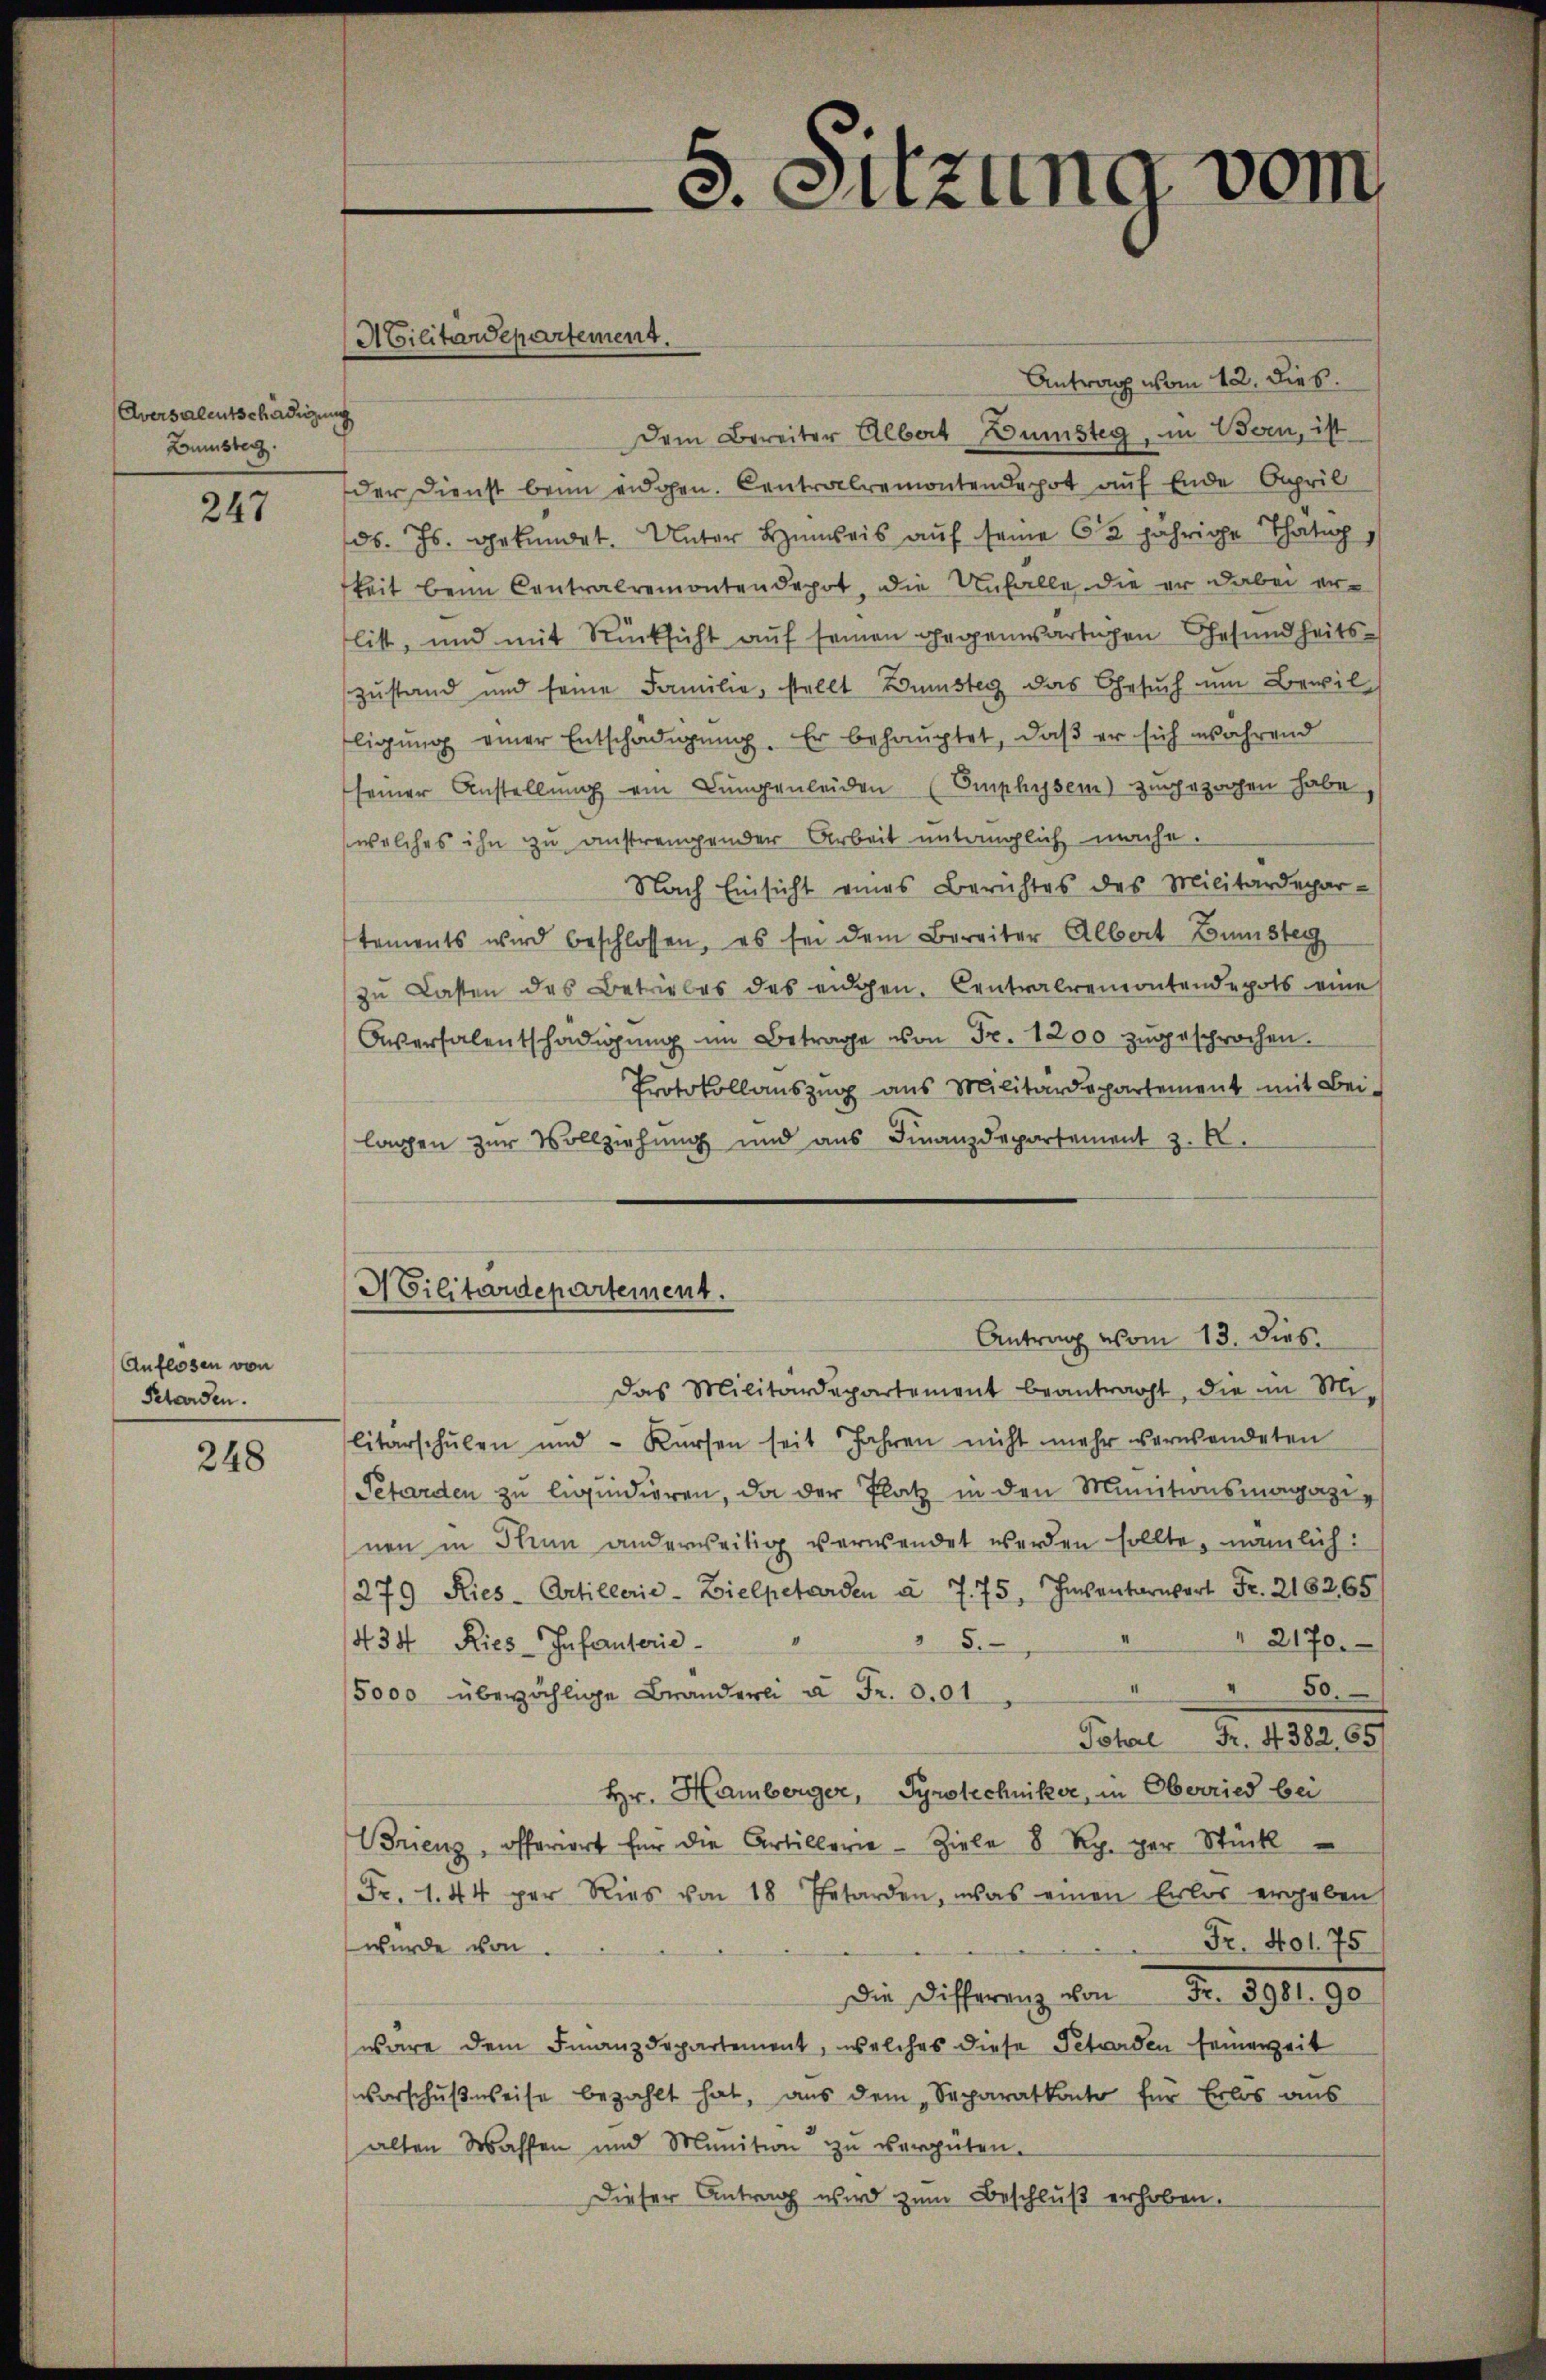
Aversalentschädigung
Bumster.

247

Auflosen von
Petarden.

248

Antrag vom 12. Dies.
Dem Bereiter Albert Dunsteg, in sein, ist
der Dienst beim eidgen. Centralremontendepot auf Ende April
ds. Js. gekündet. Unter Hinweis auf seine 62 jährige Thatar
keit beim Contralremontendepot, die Unfalle die er dabei erlist, und mit Rücksicht auf seinen gegenwärtigen Gesundheitszustand und seine Familie, stellt Dunsteg das Gesŭch um Bewil
ligŭng einer Entschädigung. Er behauptet, daß er sich während
seiner Anstellŭng ein Lungenleiden (Emphysem) zugezogen habe,
welches ihn zu anstrengender Arbeit untringlich mache.
Nach Einsicht eines Berichtes des Militärdepar-
tements wird beschlossen, es sei dem Bereiter Albert Gunster
zŭ Lasten des Betriebes des eidgen. Centralremontendepots eine
Aversalentschädigŭng im Betrage von Fr. 1200 zŭgesprochen.
Protokollaŭszŭg ans Militärdepartement mit Bei-
lagen zur Vollziehung und aus Finanzdepartement z. B.
Militärdepartement.
Antrag vom 13. dies
das Militärdepartement beantragt, die in Mi-
litarschŭlen und - Kŭrsen seit Jahren nicht mehr verwendeten
Petarden zu liquidieren, da der Platz in den Minitionsmagazin
nen in Thun anderweitig verwendet werden sollte, nämlich:
279 Ries-Artillerie - Zielpetarden u. 775, Inventariert Fr. 2182, 65
" 5.
 2170.
434 Ries Infanterie-
" " 50.
5000 überzählige Branderli u. Fr. 301
Pohl Fr. 4382, 65/
Hr. Hamberger, Syrotechniker, in Oberried bei
Brienz, offeriert für die Artillerie - Ziele 8 Rp. per Stück
Fr. 1. 44 per Ries von 18 Eetarden, was einen Erlos ergeben
Fr. 401. 75
wurde von
Die Differenz von Fr. 3981. 90
wäre dem Finanzdepartement, welches diese Petarden seinerzeit
Vorschußweise bezahlt hat, aus dem „Separatkonto für Erlös aus
alten Wassen und Munition zu vergüten.
Dieser Antrag wird zum Beschluß erhoben.

Ailitärdepartement.

5. Sitzung vom